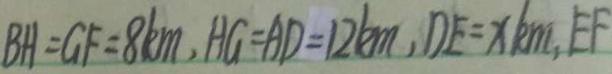
B H = G F = 8 k m , H G = A D = 1 2 k m , D E = x k m , E F